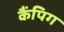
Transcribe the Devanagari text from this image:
कैंपिग